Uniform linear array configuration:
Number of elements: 24
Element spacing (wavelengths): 0.5
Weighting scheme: exponential
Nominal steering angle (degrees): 15
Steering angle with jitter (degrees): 14.961
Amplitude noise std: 0.05
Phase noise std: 0.05

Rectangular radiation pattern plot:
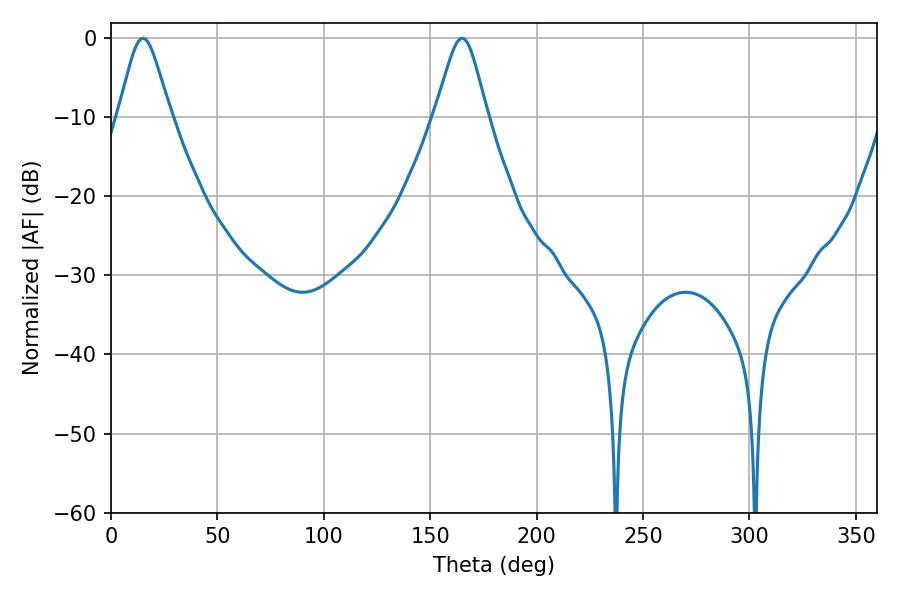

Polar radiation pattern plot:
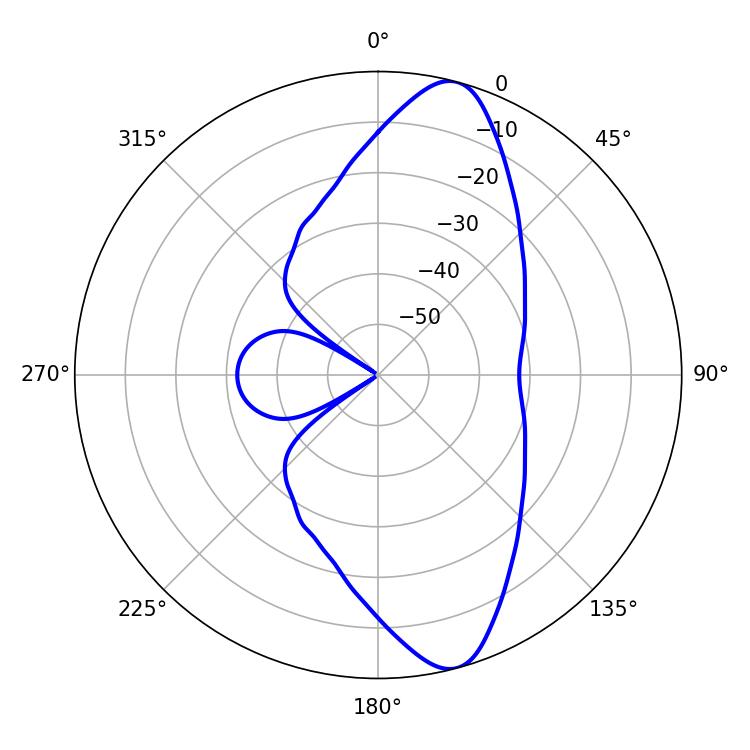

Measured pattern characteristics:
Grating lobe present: FALSE
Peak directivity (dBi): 11.666
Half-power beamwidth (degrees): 11.88
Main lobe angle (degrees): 15.12